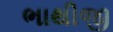
ભાથીજી